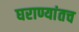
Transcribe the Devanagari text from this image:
घराण्यांतच